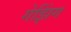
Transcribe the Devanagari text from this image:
गेझिंग